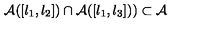
\mathcal { A } ( [ l _ { 1 } , l _ { 2 } ] ) \cap \mathcal { A } ( [ l _ { 1 } , l _ { 3 } ] ) ) \subset \mathcal { A }